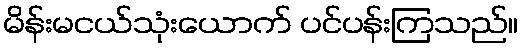
မိန်းမငယ်သုံးယောက် ပင်ပန်းကြသည်။